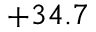
+ 3 4 . 7